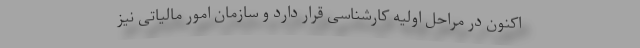
اکنون در مراحل اولیه کارشناسی قرار دارد و سازمان امور مالیاتی نیز